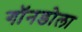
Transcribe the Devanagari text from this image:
गॉनडोला